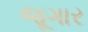
જૂગાર